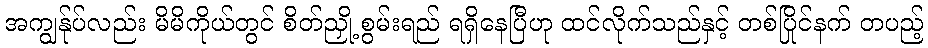
အကျွန်ုပ်လည်း မိမိကိုယ်တွင် စိတ်ညှို့ စွမ်းရည် ရရှိနေပြီဟု ထင်လိုက်သည်နှင့် တစ်ပြိုင်နက် တပည့်